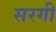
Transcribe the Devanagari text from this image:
सरगी